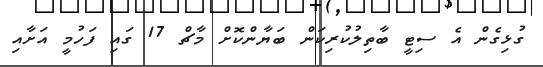
ގުޅިގެން އެ ސިޓީ ބާތިލުކުރިކަން ބަޔާންކޮށް މާޗް 17 ގައި ފަހުމީ އަށާއި